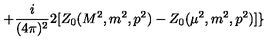
+ \frac { i } { ( 4 \pi ) ^ { 2 } } 2 [ Z _ { 0 } ( M ^ { 2 } , m ^ { 2 } , p ^ { 2 } ) - Z _ { 0 } ( \mu ^ { 2 } , m ^ { 2 } , p ^ { 2 } ) ] \}